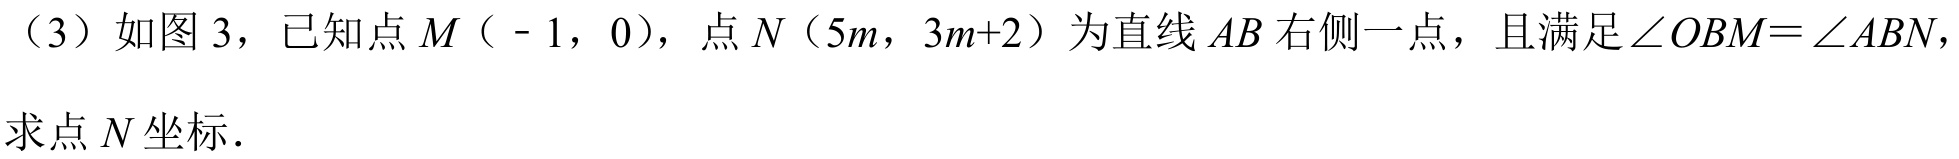
（3）如图 3，已知点\(M\)（ - 1，0），点\(N\)（\(5m\)，\(3m + 2\)）为直线\(AB\)右侧一点，且满足\(\angle OBM=\angle ABN\)，
求点\(N\)坐标．